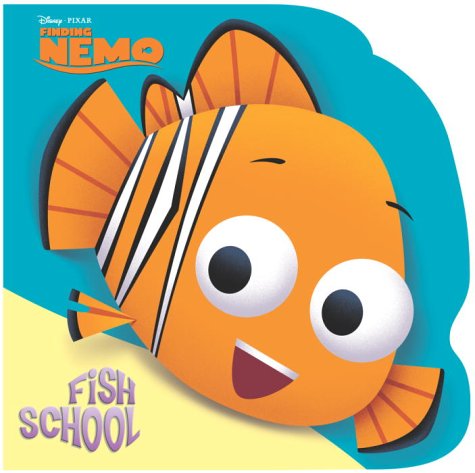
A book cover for Fish School (Finding Nemo); Seymour Mackerel; Children's Books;